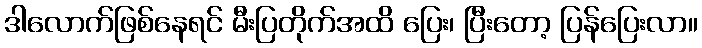
ဒါလောက်ဖြစ်နေရင် မီးပြတိုက်အထိ ပြေး၊ ပြီးတော့ ပြန်ပြေးလာ။